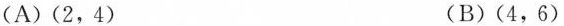
(A)(2，4) (B)(4，6)(